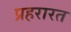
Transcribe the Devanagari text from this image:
प्रहरारत